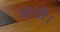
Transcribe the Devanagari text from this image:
बांधी।